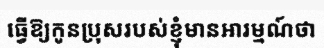
ធ្វើឱ្យកូនប្រុសរបស់ខ្ញុំមានអារម្មណ៍ថា